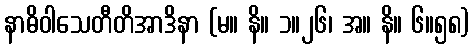
နာဓိဝါသေတီတိအာဒိနာ (မ။ နိ။ ၁။၂၆၊ အ။ နိ။ ၆။၅၈)